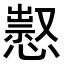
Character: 𢡈